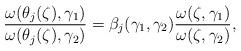
LaTeX: \begin{align*}\frac{\omega(\theta_j(\zeta),\gamma_1)}{\omega(\theta_j(\zeta),\gamma_2)}=\beta_j(\gamma_1,\gamma_2)\frac{\omega(\zeta,\gamma_1)}{\omega(\zeta,\gamma_2)},\end{align*}